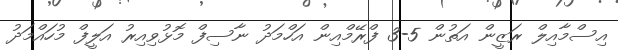
އިސްމާއިލް ރަޒީން އަތުން 5-3 ފްރޭމްއިން އަހްމަދު ނާސިފް މޮޅުވިއިރު އަލީފް މުހައްމަދު